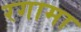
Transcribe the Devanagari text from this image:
रगामा